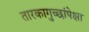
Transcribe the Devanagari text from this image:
तारकागुच्छांपेक्षा